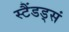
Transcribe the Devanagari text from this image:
स्टैंडड्सं